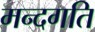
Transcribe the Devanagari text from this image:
मन्दगति